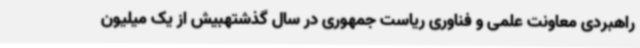
راهبردی معاونت علمی و فناوری ریاست جمهوری در سال گذشتهبیش از یک میلیون